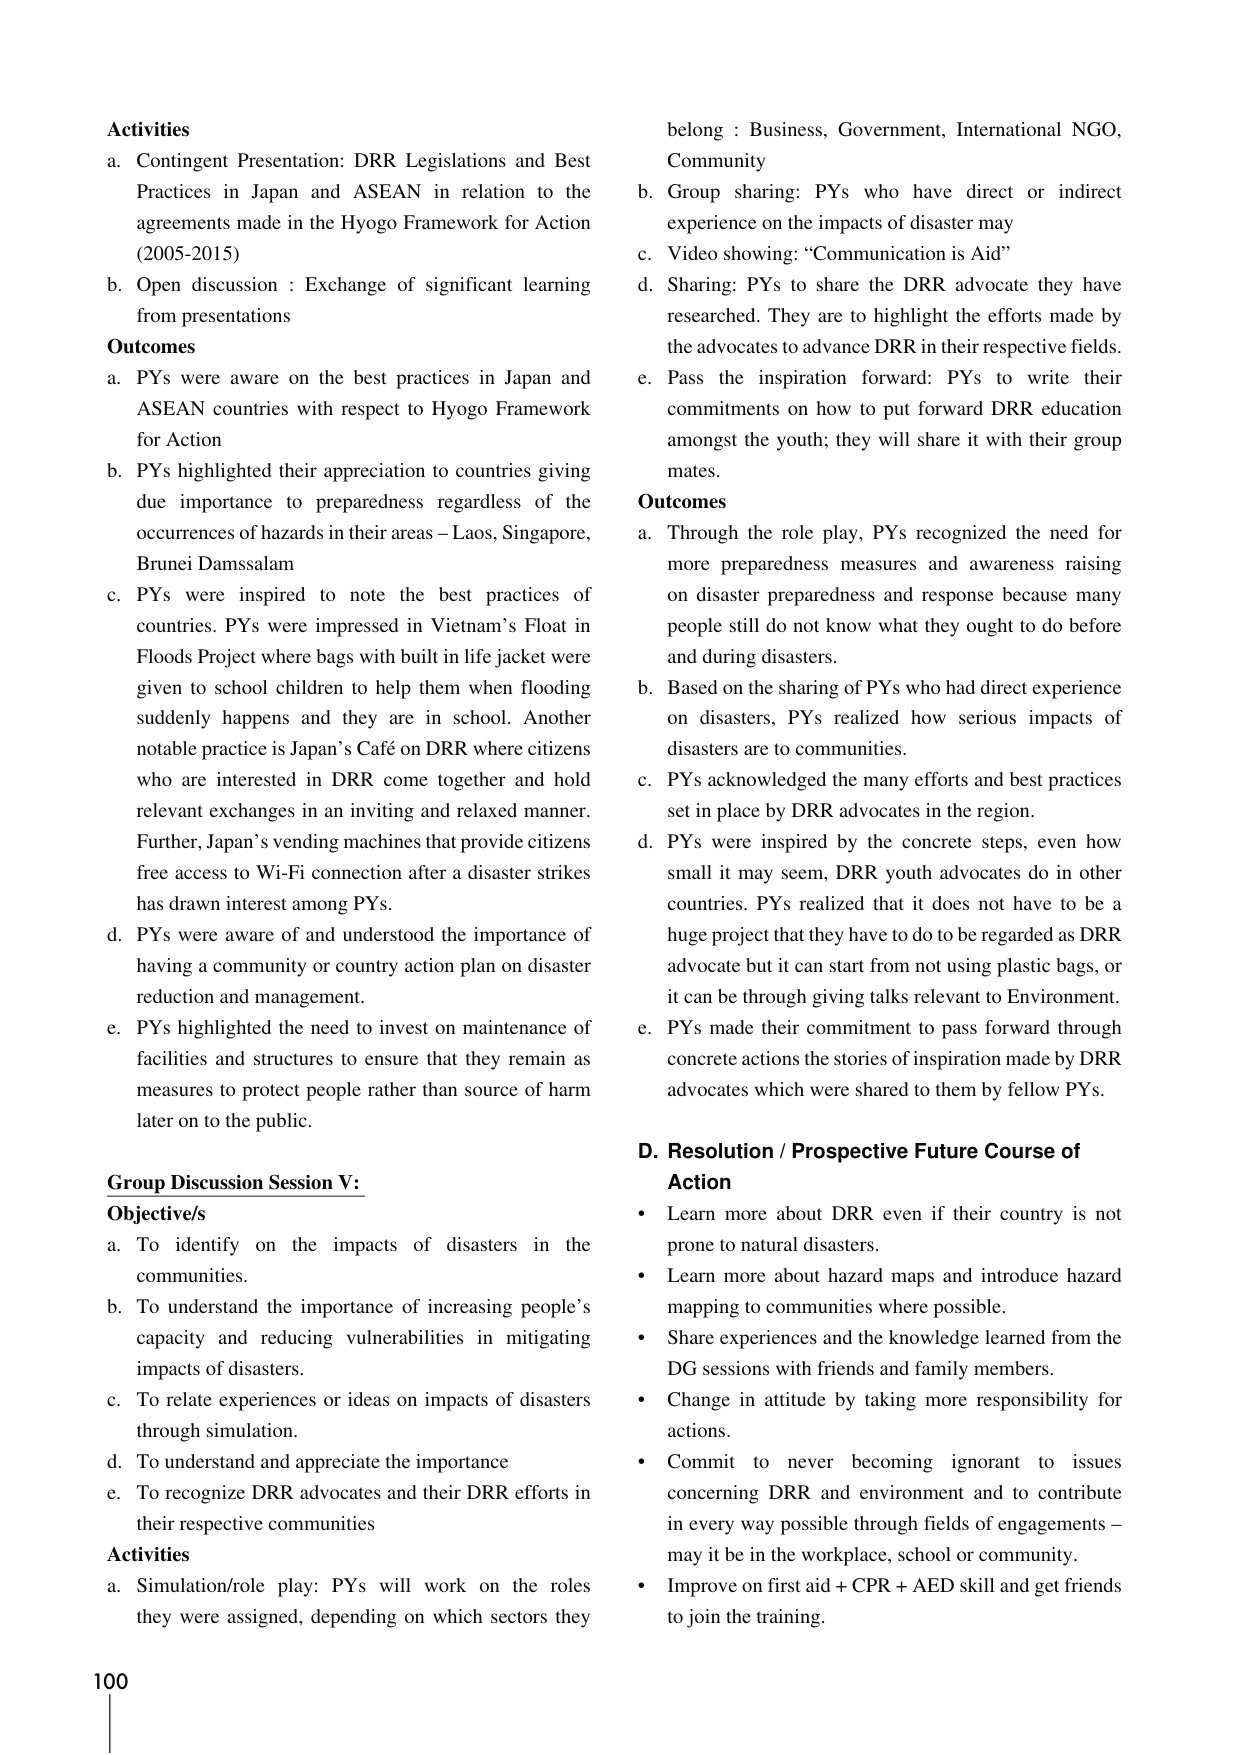
Activities
a. Contingent Presentation: DRR Legislations and Best Practices in Japan and ASEAN in relation to the agreements made in the Hyogo Framework for Action (2005-2015)
b. Open discussion : Exchange of significant learning from presentations

Outcomes
a. PYs were aware on the best practices in Japan and ASEAN countries with respect to Hyogo Framework for Action
b. PYs highlighted their appreciation to countries giving due importance to preparedness regardless of the occurrences of hazards in their areas – Laos, Singapore, Brunei Damssalam
c. PYs were inspired to note the best practices of countries. PYs were impressed in Vietnam’s Float in Floods Project where bags with built in life jacket were given to school children to help them when flooding suddenly happens and they are in school. Another notable practice is Japan’s Café on DRR where citizens who are interested in DRR come together and hold relevant exchanges in an inviting and relaxed manner. Further, Japan’s vending machines that provide citizens free access to Wi-Fi connection after a disaster strikes has drawn interest among PYs.
d. PYs were aware of and understood the importance of having a community or country action plan on disaster reduction and management.
e. PYs highlighted the need to invest on maintenance of facilities and structures to ensure that they remain as measures to protect people rather than source of harm later on to the public.

Group Discussion Session V:
Objective/s
a. To identify on the impacts of disasters in the communities.
b. To understand the importance of increasing people’s capacity and reducing vulnerabilities in mitigating impacts of disasters.
c. To relate experiences or ideas on impacts of disasters through simulation.
d. To understand and appreciate the importance
e. To recognize DRR advocates and their DRR efforts in their respective communities

Activities
a. Simulation/role play: PYs will work on the roles they were assigned, depending on which sectors they belong : Business, Government, International NGO, Community
b. Group sharing: PYs who have direct or indirect experience on the impacts of disaster may
c. Video showing: “Communication is Aid”
d. Sharing: PYs to share the DRR advocate they have researched. They are to highlight the efforts made by the advocates to advance DRR in their respective fields.
e. Pass the inspiration forward: PYs to write their commitments on how to put forward DRR education amongst the youth; they will share it with their group mates.

Outcomes
a. Through the role play, PYs recognized the need for more preparedness measures and awareness raising on disaster preparedness and response because many people still do not know what they ought to do before and during disasters.
b. Based on the sharing of PYs who had direct experience on disasters, PYs realized how serious impacts of disasters are to communities.
c. PYs acknowledged the many efforts and best practices set in place by DRR advocates in the region.
d. PYs were inspired by the concrete steps, even how small it may seem, DRR youth advocates do in other countries. PYs realized that it does not have to be a huge project that they have to do to be regarded as DRR advocate but it can start from not using plastic bags, or it can be through giving talks relevant to Environment.
e. PYs made their commitment to pass forward through concrete actions the stories of inspiration made by DRR advocates which were shared to them by fellow PYs.

D. Resolution / Prospective Future Course of Action
• Learn more about DRR even if their country is not prone to natural disasters.
• Learn more about hazard maps and introduce hazard mapping to communities where possible.
• Share experiences and the knowledge learned from the DG sessions with friends and family members.
• Change in attitude by taking more responsibility for actions.
• Commit to never becoming ignorant to issues concerning DRR and environment and to contribute in every way possible through fields of engagements – may it be in the workplace, school or community.
• Improve on first aid + CPR + AED skill and get friends to join the training.

100